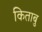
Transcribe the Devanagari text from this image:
किताबु